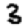
Digit: 3